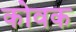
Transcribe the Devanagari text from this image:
कोवक